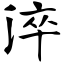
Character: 淬